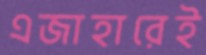
এজাহারেই